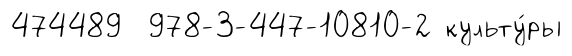
474489 978-3-447-10810-2 культу́ры